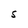
Character: S